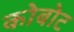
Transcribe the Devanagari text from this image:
कोबोट